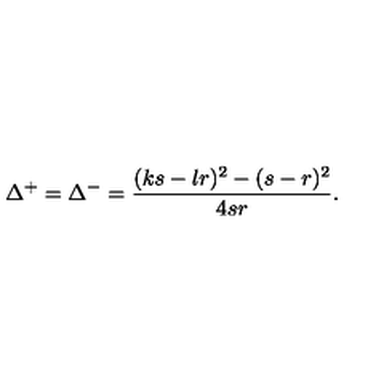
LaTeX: \Delta ^ { + } = \Delta ^ { - } = \displaystyle \frac { ( k s - l r ) ^ { 2 } - ( s - r ) ^ { 2 } } { 4 s r } .